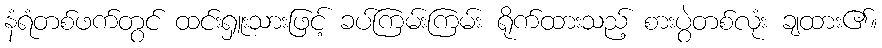
နံရံတစ်ဖက်တွင် ထင်းရှူးသားဖြင့် ခပ်ကြမ်းကြမ်း ရိုက်ထားသည့် စားပွဲတစ်လုံး ချထား၏။